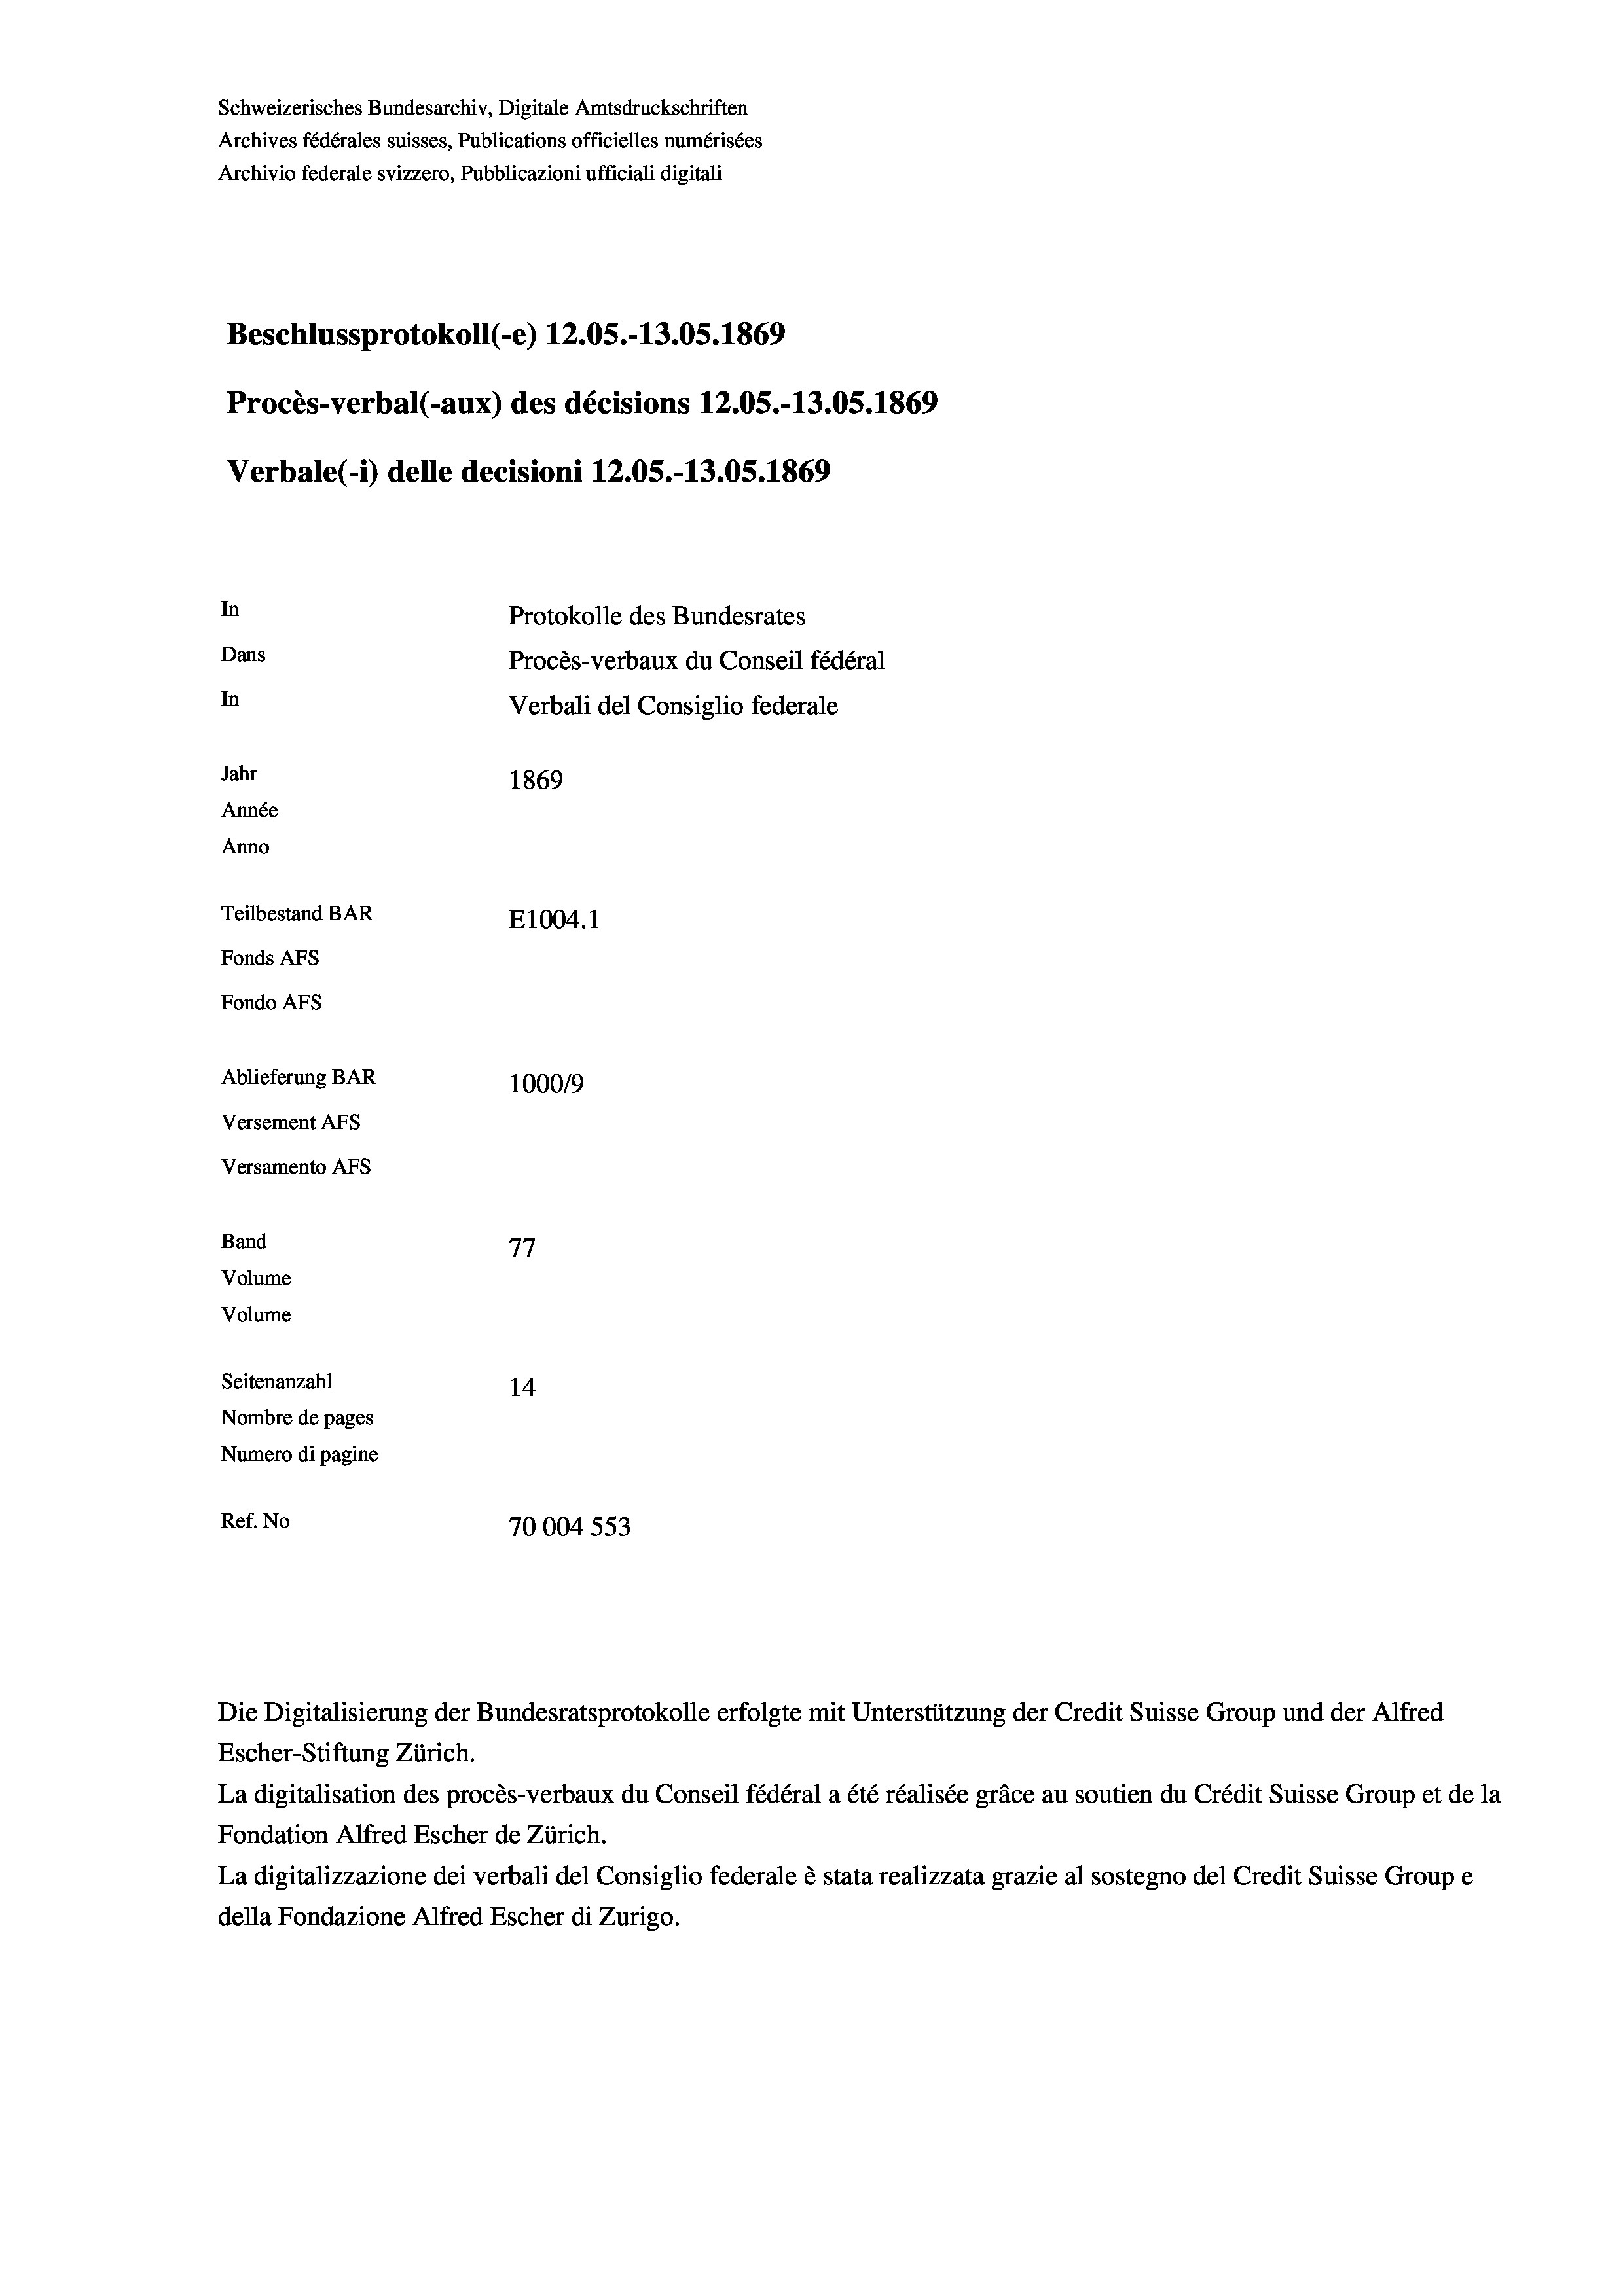
Schweizerisches Bundesarchiv, Digitale Amtsdruckschriften
Archives fédérales suisses, Publications officielles numérisées
Archivio federale svizzero, Pubblicazioni ufficiali digitali
Beschlussprotokoll (-e) 12.05.-13.05. 1869
Procès-verbal (-aux) des décisions 12.05.-13.05. 1869
Verbale (- 1) delle decisioni 12.05.-13.05. 1869
In
Protokolle des Bundesrates
Dans
Procès-verbaux du Conseil fédéral
In
Verbali del Consiglio federale
Jahr
1869
Année
Anno
Teilbestand BAR
E1004.1
Fonds AFs
Fondo Afs
Ablieferung BAR
100019
Versement AFs
Versamento Afs
Band
77
Volume
Volume
Seitenanzahl
14
Nombre de pages
Numero di pagine
Ref. No
70004 553

Escher-Stiftung Zürich.
La digitalisation des procès-verbaux du Conseil fédéral a été réalisée gräce au soutien du Crédit Suisse Group et de la
Fondation Alfred Escher de Zürich.
La digitalizzazione dei verbali del Consiglio federale è stata realizzata grazie al sostegno del Credit Suisse Groupe
della Fondazione Alfred Escher di Zurigo.

Die Digitalisierung der Bundesratsprotokolle erfolgte mit Unterstützung der Credit Suisse Group und der Alfred